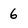
Character: 6